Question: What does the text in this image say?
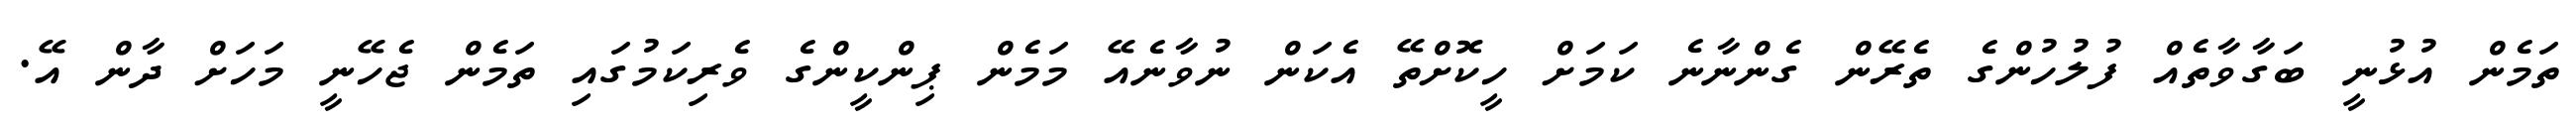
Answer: ތަމެން އުޅުނީ ބަގާވާތެއް ފުލުހުންގެ ތެރޭން ގެންނާނެ ކަމަށް ހީކޮށްތޭ އެކަން ނުވާނެއޭ މަމެން ޕިންކީންގެ ވެރިކަމުގައި ތަމެން ޖެހޭނީ މަހަށް ދާން އޭ.